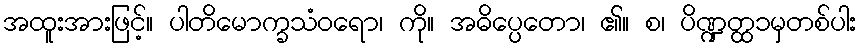
အထူးအားဖြင့်။ ပါတိမောက္ခသံဝရော၊ ကို။ အဓိပ္ပေတော၊ ၏။ စ၊ ပိဏ္ဍတ္ထ၁မှတစ်ပါး